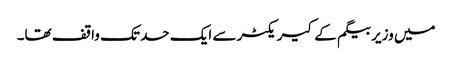
میں وزیر بیگم کے کیریکٹر سے ایک حد تک واقف تھا۔